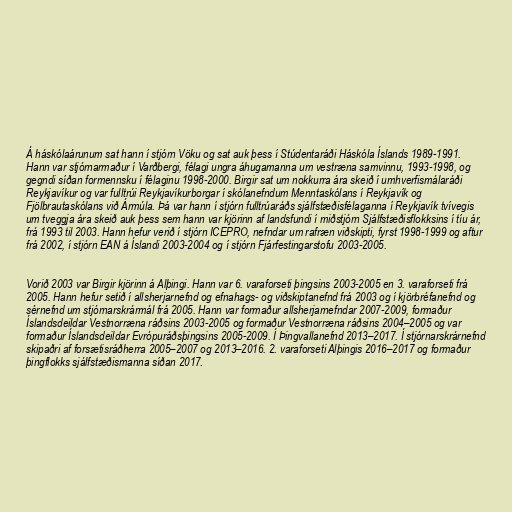
Á háskólaárunum sat hann í stjórn Vöku og sat auk þess í Stúdentaráði Háskóla Íslands 1989-1991.
Hann var stjórnarmaður í Varðbergi, félagi ungra áhugamanna um vestræna samvinnu, 1993-1998, og
gegndi síðan formennsku í félaginu 1998-2000. Birgir sat um nokkurra ára skeið í umhverfismálaráði
Reykjavíkur og var fulltrúi Reykjavíkurborgar í skólanefndum Menntaskólans í Reykjavík og
Fjölbrautaskólans við Ármúla. Þá var hann í stjórn fulltrúaráðs sjálfstæðisfélaganna í Reykjavík tvívegis
um tveggja ára skeið auk þess sem hann var kjörinn af landsfundi í miðstjórn Sjálfstæðisflokksins í tíu ár,
frá 1993 til 2003. Hann hefur verið í stjórn ICEPRO, nefndar um rafræn viðskipti, fyrst 1998-1999 og aftur
frá 2002, í stjórn EAN á Íslandi 2003-2004 og í stjórn Fjárfestingarstofu 2003-2005.

Vorið 2003 var Birgir kjörinn á Alþingi. Hann var 6. varaforseti þingsins 2003-2005 en 3. varaforseti frá
2005. Hann hefur setið í allsherjarnefnd og efnahags- og viðskiptanefnd frá 2003 og í kjörbréfanefnd og
sérnefnd um stjórnarskrármál frá 2005. Hann var formaður allsherjarnefndar 2007-2009, formaður
Íslandsdeildar Vestnorræna ráðsins 2003-2005 og formaður Vestnorræna ráðsins 2004–2005 og var
formaður Íslandsdeildar Evrópuráðsþingsins 2005-2009. Í Þingvallanefnd 2013–2017. Í stjórnarskrárnefnd
skipaðri af forsætisráðherra 2005–2007 og 2013–2016. 2. varaforseti Alþingis 2016–2017 og formaður
þingflokks sjálfstæðismanna síðan 2017.